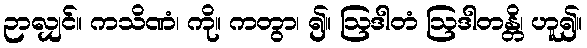
ဉာလျှင်။ ကသိဏံ၊ ကို။ ကတွာ၊ ၍။ ဩဒါတံ ဩဒါတန္တိ၊ ဟူ၍။